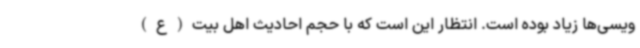
ویسی‌ها زیاد بوده است. انتظار این است که با حجم احادیث اهل بیت(ع)